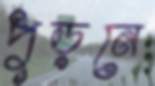
পুড়নে